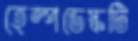
হেল্পডেস্কটি